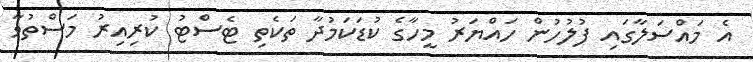
އެ މައްސަލާގައި ފުލުހުން ހައްޔަރު މީހާގެ ކުޑަކަމުދާ ތަކެތި ޓެސްޓު ކުރިއިރު މަސްތުވާ